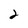
Character: 2